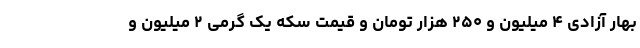
بهار آزادی ۴ میلیون و ۲۵۰ هزار تومان و قیمت سکه یک گرمی ۲ میلیون و